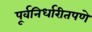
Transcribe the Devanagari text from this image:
पूर्वनिर्धारीतपणे